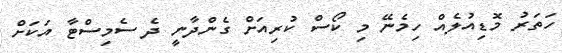
ހަތަރު މޮޑިއުލެއް ހިމެނޭ މި ކޯސް ކުރިއަށް ގެންދާނީ ދެ ސެމިސްޓާ އަކަށް